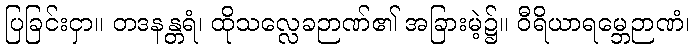
ပြခြင်းငှာ။ တဒနန္တရံ၊ ထိုသလ္လေခဉာဏ်၏ အခြားမဲ့၌။ ဝီရိယာရမ္ဘေဉာဏံ၊